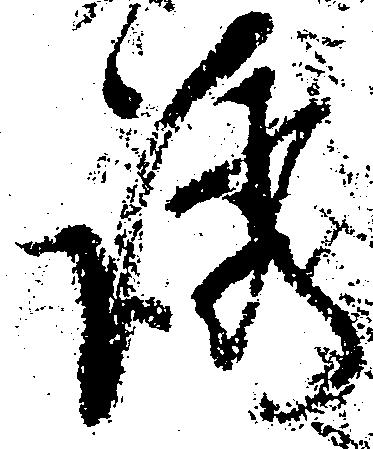
誘